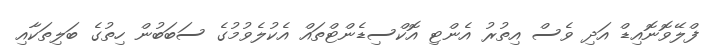
ފްލޭވޮނޮއިޑް އަދި ވެސް އިތުރު އެންޓި އޮކްސިޑެންޓްތައް އެކުލެވުމުގެ ސަބަބުން ހިތުގެ ބަލިތަކާއި